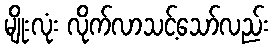
မျိုးလုံး လိုက်လာသင့်သော်လည်း